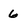
Character: 6